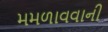
મમળાવવાની